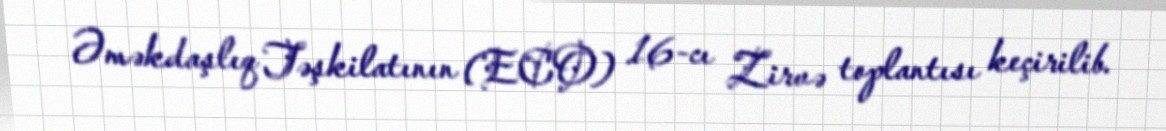
Əməkdaşlıq Təşkilatının (ECO) 16-cı Zirvə toplantısı keçirilib.